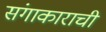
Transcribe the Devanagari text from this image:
संगाकाराची